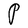
Character: P